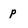
Character: p